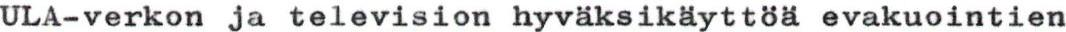
ULA-verkon ja television hyväksikäyttöä evakuointien